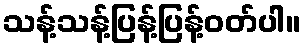
သန့်သန့်ပြန့်ပြန့်ဝတ်ပါ။